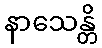
နာသေန္တိ